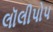
લૉલીપોપ